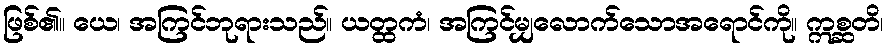
ဖြစ်၏။ ယေ၊ အကြင်ဘုရားသည်။ ယတ္ထကံ၊ အကြင်မျှလောက်သောအရောင်ကို။ ဣစ္ဆတိ၊